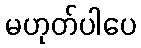
မဟုတ်ပါပေ